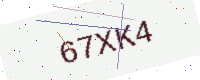
Text: 67XK4